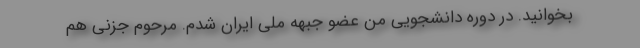
بخوانید. ‌در دوره دانشجویی من عضو جبهه ملی ایران شدم. مرحوم جزنی هم